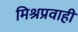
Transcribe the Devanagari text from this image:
मिश्रप्रवाही